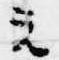
元